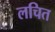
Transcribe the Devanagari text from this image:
लचित